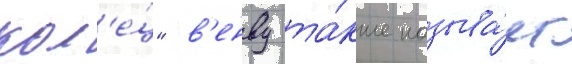
кол'е́ц" в'енву та́кже называ́ет